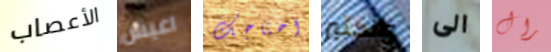
الأعصاب اعيش احتاجك والكثير الى رال